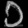
Digit: ၁